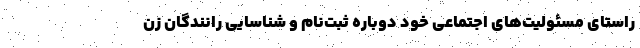
راستای مسئولیت‌های اجتماعی خود دوباره ثبت‌نام و شناسایی رانندگان زن